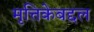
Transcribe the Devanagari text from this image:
मृत्तिकेबद्दल